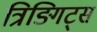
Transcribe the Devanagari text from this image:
त्रिङ्गिट्स